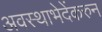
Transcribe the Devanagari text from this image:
अवस्थाभेदेंकरुन